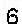
6